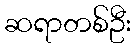
ဆရာတစ်ဦး